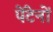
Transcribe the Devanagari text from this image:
पेंटेनों